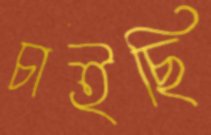
চাইছি